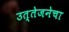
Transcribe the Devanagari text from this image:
उत्तेजनेचा